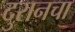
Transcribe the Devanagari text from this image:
दुरानचा